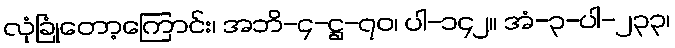
လုံခြုံတော့ကြောင်း၊ အဘိ-၄-ဋ္ဌ-၇၀၊ ပါ-၁၄၂။ အံ-၃-ပါ-၂၃၃၊